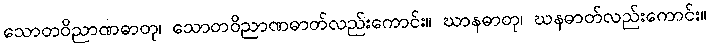
သောတဝိညာဏဓာတု၊ သောတဝိညာဏဓာတ်လည်းကောင်း။ ဃာနဓာတု၊ ဃနဓာတ်လည်းကောင်း။